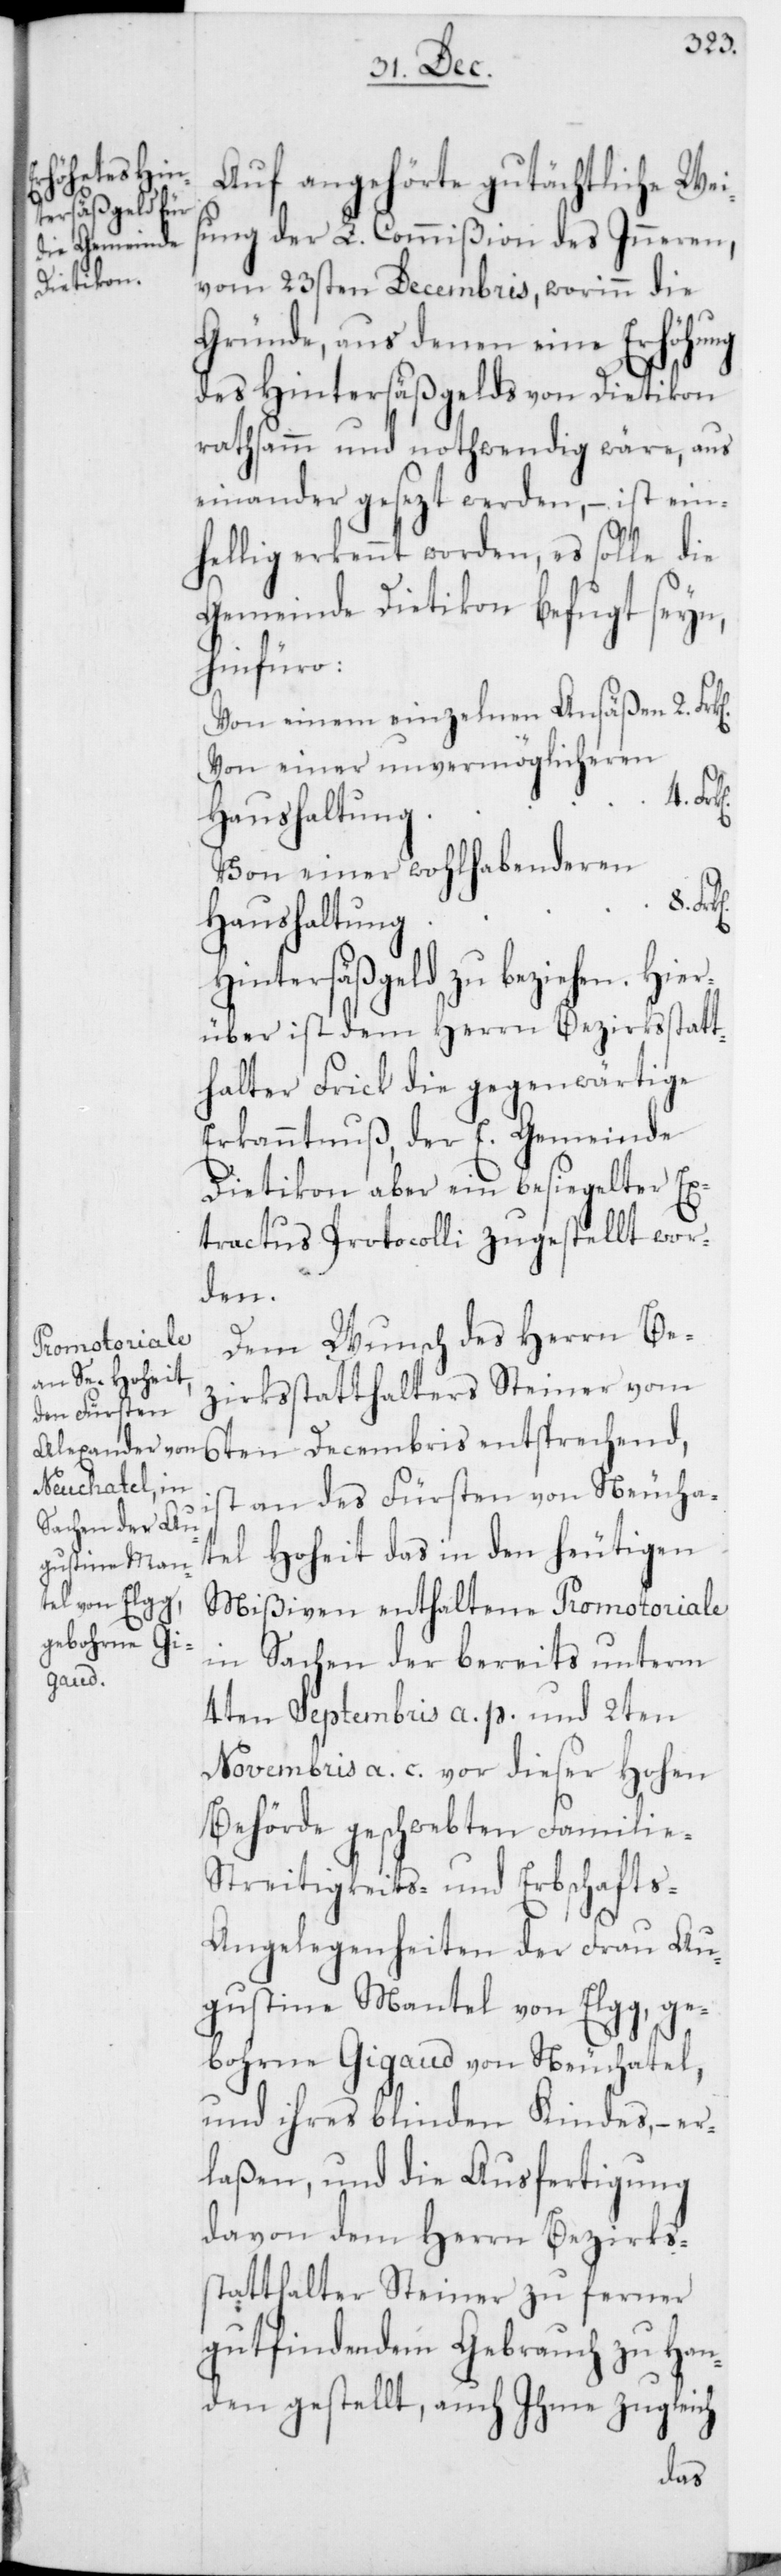
Auf angehörte gutächtliche Weis¬
ung der L. Commißion des Inneren,
vom 23sten Decembris, worinn die
Gründe, aus denen eine Erhöhung
des Hintersäßgelds von Dietikon
rathsamm und nothwendig wäre, aus
einander gesezt werden, – ist ein¬
hellig erkennt worden, es solle die
Gemeinde Dietikon befugt seyn,
hinfüro:
Von einem einzelnen Ansäßen 2. Frk[e¬
Von einer unvermöglicheren
Haushaltung
Von einer wohlhabenderen
e-[,]
Haushaltung
Decembris entsprechend, i¬
rüber ist dem Herrn Bezirksstatt¬
halter Frick die gegenwärtige
Erkanntnuß, der E. Gemeinde
Dietikon aber ein besiegelter Ex¬
tractus Protocolli zugestellt wor¬
den.
Dem Wunsch des Herrn Be¬
zirksstatthalters Steiner vom
st an des Fürsten von Neucha¬
tel Hoheit das in den heutigen
Mißiven enthaltene Promotoriale
in Sachen der bereits unterm
4ten Septembris a. p. und 2ten
Novembris a. c. vor dieser Hohen
Behörde geschwebten Famili¬
Streitigkeits- und Erbschafts-A¬
ngelegenheiten der Frau Au¬
gustine Mantel von Elgg, ge¬
bohrne Gigaud von Neuchatel,
und ihres blinden Kindes, – er¬
laßen, und die Ausfertigung
davon dem Herrn Bezirks¬
statthalter Steiner zu ferner
gutfindendem Gebrauch zu Han¬
den gestellt, auch Ihme zugleich